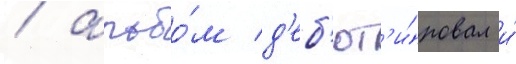
/ альбо́м д'еб'ют'и́ровал и́